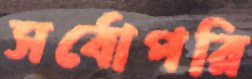
সর্বোপরি